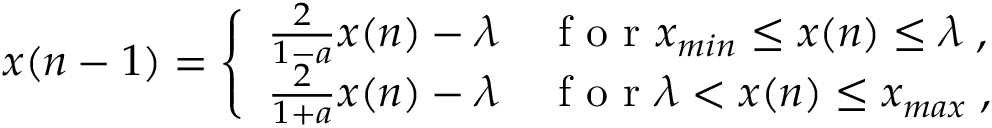
x ( n - 1 ) = \left\{ \begin{array} { l l } { \frac { 2 } { 1 - a } x ( n ) - \lambda } & { \mathrm { ~ f ~ o ~ r ~ } x _ { m i n } \leq x ( n ) \leq \lambda \; , } \\ { \frac { 2 } { 1 + a } x ( n ) - \lambda } & { \mathrm { ~ f ~ o ~ r ~ } \lambda < x ( n ) \leq x _ { m a x } \; , } \end{array} \right.